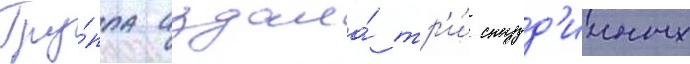
Гру́ппа издала́ тр'и́ студ'ииных